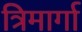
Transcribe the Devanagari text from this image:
त्रिमार्गा